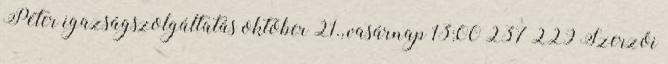
Péter igazságszolgáltatás október 21., vasárnap 13:00 237 229 Szerzői